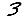
Digit: 3